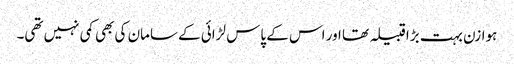
ہوازن بہت بڑا قبیلہ تھا اور اس کے پاس لڑائی کے سامان کی بھی کمی نہیں تھی۔